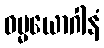
ဓမ္မယောဂါနံ